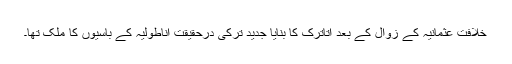
خلافتِ عثمانیہ کے زوال کے بعد اتاترک کا بنایا جدید ترکی درحقیقت اناطولیہ کے باسیوں کا ملک تھا۔